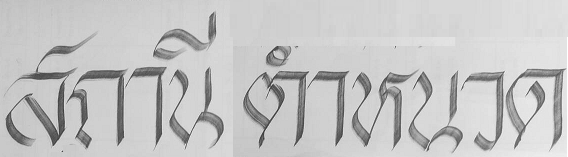
สถานีตำหนวด